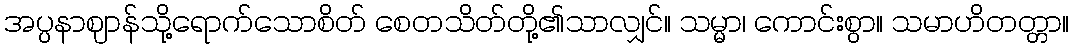
အပ္ပနာဈာန်သို့ရောက်သောစိတ် စေတသိတ်တို့၏သာလျှင်။ သမ္မာ၊ ကောင်းစွာ။ သမာဟိတတ္တာ။